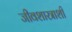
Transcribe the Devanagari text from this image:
जीवशास्त्राशी